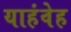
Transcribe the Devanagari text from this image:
याहंवेह